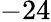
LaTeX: -24